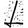
Digit: 1